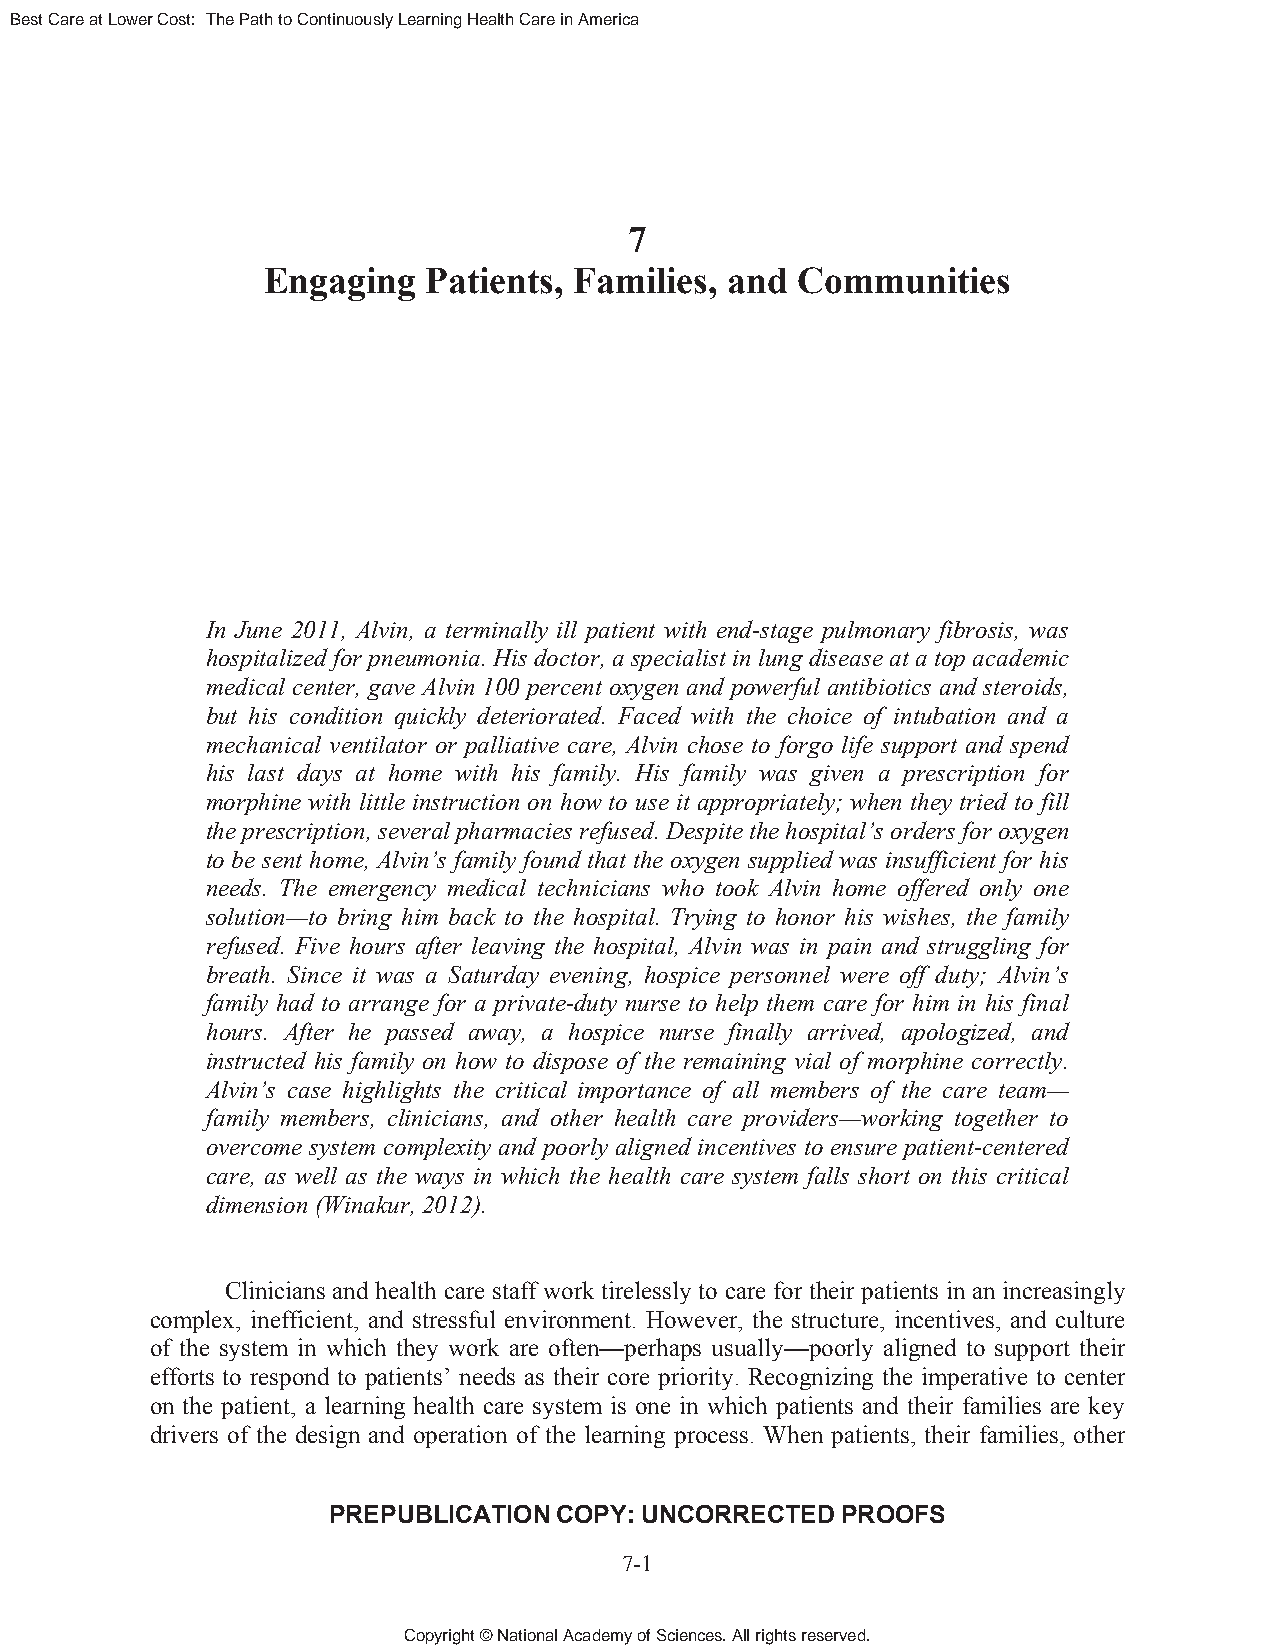
Best Care at Lower Cost: The Path to Continuously Learning Health Care in America
 7
 Engaging   Patients, Families, and  Communities
 In June 2011, Alvin, a terminally ill patient with end-stage pulmonary fibrosis, was
 hospitalized for pneumonia. His doctor, a specialist in lung disease at a top academic
 medical center, gave Alvin 100 percent oxygen and powerful antibiotics and steroids,
 but his condition quickly deteriorated. Faced with the choice of intubation and a
 mechanical ventilator or palliative care, Alvin chose to forgo life support and spend
 his last days at home with his family. His family was given a prescription for
 morphine with little instruction on how to use it appropriately; when they tried to fill
 the prescription, several pharmacies refused. Despite the hospital’s orders for oxygen
 to be sent home, Alvin’s family found that the oxygen supplied was insufficient for his
 needs. The emergency medical technicians who took Alvin home offered only one
 solution—to bring him back to the hospital. Trying to honor his wishes, the family
 refused. Five hours after leaving the hospital, Alvin was in pain and struggling for
 breath. Since it was a Saturday evening, hospice personnel were off duty; Alvin’s
 family had to arrange for a private-duty nurse to help them care for him in his final
 hours. After he passed away, a hospice nurse finally arrived, apologized, and
 instructed his family on how to dispose of the remaining vial of morphine correctly.
 Alvin’s case highlights the critical importance of all members of the care team—
 family members, clinicians, and other health care providers—working together to
 overcome system complexity and poorly aligned incentives to ensure patient-centered
 care, as well as the ways in which the health care system falls short on this critical
 dimension (Winakur, 2012).
 Clinicians and health care staff work tirelessly to care for their patients in an increasingly
 complex, inefficient, and stressful environment. However, the structure, incentives, and culture
 of the system in which they work are often—perhaps usually—poorly aligned to support their
 efforts to respond to patients’ needs as their core priority. Recognizing the imperative to center
 on the patient, a learning health care system is one in which patients and their families are key
 drivers of the design and operation of the learning process. When patients, their families, other
 PREPUBLICATION COPY: UNCORRECTED  PROOFS
 7-1
 Copyright © National Academy of Sciences. All rights reserved.